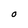
Character: O